Indian journal of veterinary science and animal husbandry - Volumes 28-29, 1958-1959
Year: 1958
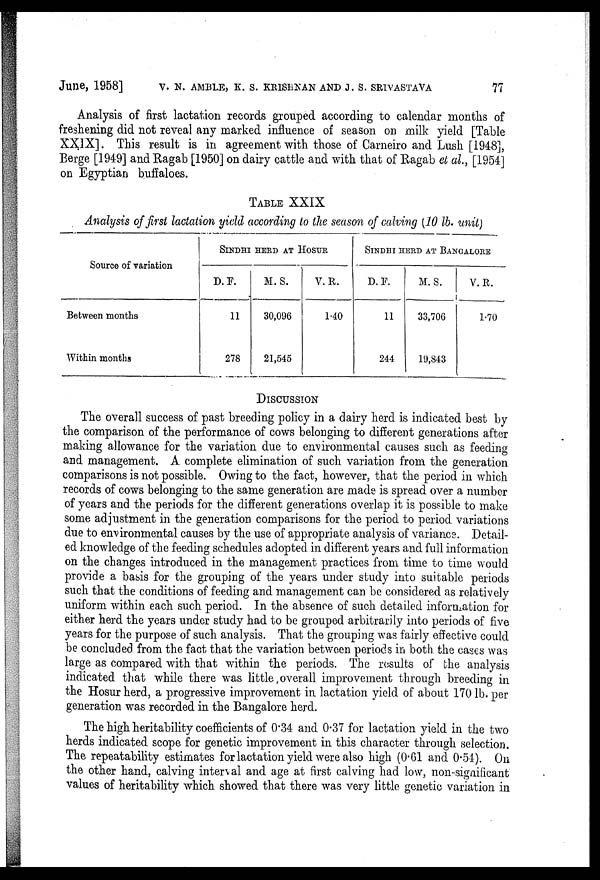
June, 1958] V. N. AMBLE, K. S. KRISHNAN AND J. S. SRIVASTAVA 77
Analysis of first lactation records grouped according to calendar months of
freshening did not reveal any marked influence of season on milk yield [Table
XXIX]. This result is in agreement with those of Carneiro and Lush [1948],
Berge [1949] and Ragab [1950] on dairy cattle and with that of Ragab et al., [1954]
on Egyptian buffaloes.
TABLE XXIX
Analysis of first lactation yield according to the season of calving (10 lb. unit)
Source of variation
Between months
Within months
SINDHI HERD AT HOSUR
D.F.
11
278
M.S.
30,096
21,545
V. R.
1.40
SINDHI HERD AT BANGALORE
D.F.
11
244
M. S.
33,706
19,843
V. R.
1.70
DISCUSSION
The overall success of past breeding policy in a dairy herd is indicated best by
the comparison of the performance of cows belonging to different generations after
making allowance for the variation due to environmental causes such as feeding
and management. A complete elimination of such variation from the generation
comparisons is not possible. Owing to the fact, however, that the period in which
records of cows belonging to the same generation are made is spread over a number
of years and the periods for the different generations overlap it is possible to make
some adjustment in the generation comparisons for the period to period variations
due to environmental causes by the use of appropriate analysis of variance. Detail-
ed knowledge of the feeding schedules adopted in different years and full information
on the changes introduced in the management practices from time to time would
provide a basis for the grouping of the years under study into suitable periods
such that the conditions of feeding and management can be considered as relatively
uniform within each such period. In the absence of such detailed information for
either herd the years under study had to be grouped arbitrarily into periods of five
years for the purpose of such analysis. That the grouping was fairly effective could
be concluded from the fact that the variation between periods in both the cases was
large as compared with that within the periods. The results of the analysis
indicated that while there was little overall improvement through breeding in
the Hosur herd, a progressive improvement in lactation yield of about 170 lb. per
generation was recorded in the Bangalore herd.
The high heritability coefficients of 0.34 and 0.37 for lactation yield in the two
herds indicated scope for genetic improvement in this character through selection.
The repeatability estimates for lactation yield were also high (0.61 and 0.54). On
the other hand, calving interval and age at first calving had low, non-significant
values of heritability which showed that there was very little genetic variation in